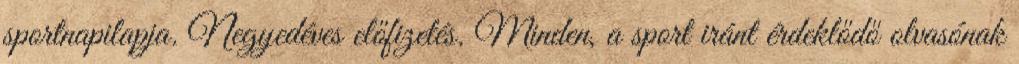
sportnapilapja. Negyedéves előfizetés. Minden, a sport iránt érdeklődő olvasónak